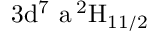
\mathrm { 3 d ^ { 7 } \ a \, ^ { 2 } H _ { 1 1 / 2 } }